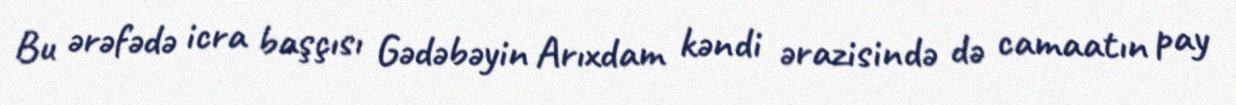
Bu ərəfədə icra başçısı Gədəbəyin Arıxdam kəndi ərazisində də camaatın pay